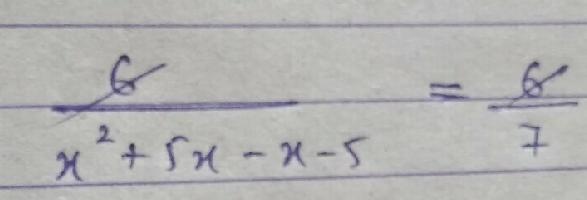
\(\frac{6}{x^{2}+5x - x - 5}=\frac{6}{7}\)